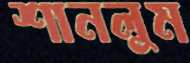
শানলুম